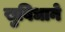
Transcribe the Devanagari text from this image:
सुविधाने